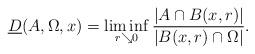
LaTeX: \begin{align*} \underline{D}(A,\Omega,x) = \liminf_{r\searrow 0}\frac{|A\cap B(x,r)|}{|B(x,r)\cap \Omega|}. \end{align*}